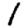
Digit: 1